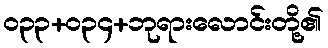
၀၃၃+၀၃၄+ဘုရားလောင်းတို့၏